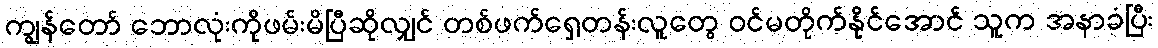
ကျွန်တော် ဘောလုံးကိုဖမ်းမိပြီဆိုလျှင် တစ်ဖက်ရှေ့တန်းလူတွေ ဝင်မတိုက်နိုင်အောင် သူက အနာခံပြီး